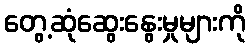
တွေ့ဆုံဆွေးနွေးမှုများကို